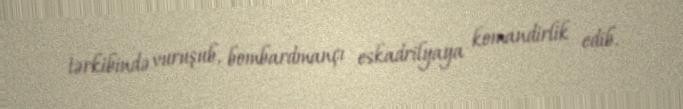
tərkibində vuruşub, bombardmançı eskadrilyaya komandirlik edib.